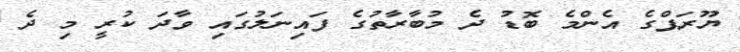
ޔޫރަޕްގެ އެންމެ ބޮޑު ދެ މުބާރާތުގެ ފައިނަލުގައި ވާދަ ކުރީ މި ދެ